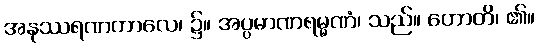
အနုဿရဏကာလေ၊ ၌။ အပ္ပမာဏရမ္မဏံ၊ သည်။ ဟောတိ၊ ၏။